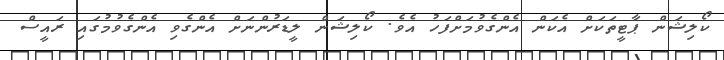
ކޯލިޝަން ޕާޓީތަކަށް އެކަން އެންގެވުމަށްފަހު އެވެ. ކޯލިޝަން ލީޑަރުންނަށް އެންގެވި އެންގެވުމުގައި ރައީސް